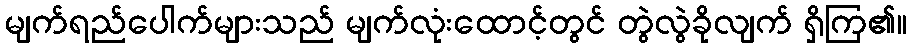
မျက်ရည်ပေါက်များသည် မျက်လုံးထောင့်တွင် တွဲလွဲခိုလျက် ရှိကြ၏။